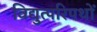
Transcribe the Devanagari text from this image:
विद्युत्परिपथों